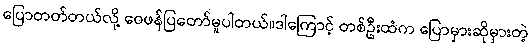
ပြောတတ်တယ်လို့ ဝေဖန်ပြတော်မူပါတယ်။ဒါကြောင့် တစ်ဦးထံက ပြောမှားဆိုမှားတဲ့